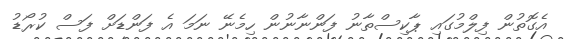
އެގޮތުން ފިލްމުގައި ޕާކިސްތާނު ފަންނާނުން ހިމެނޭ ނަމަ އެ ފަންޑަށް ފަސް ކުރޯޑު